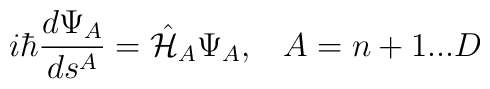
i\hbar\frac{d\Psi_{A}}{d s^{A}} =\hat{\cal H}_{A}\Psi_{A}, \;  \;\;A=n+1...D